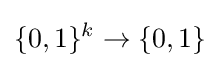
\{0,1\}^{k}\to \{0,1\}